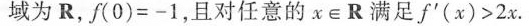
域为R，$$f ( 0 ) = - 1$$，且对任意的x\in R满足$$f ' ( x ) > 2 x$$。